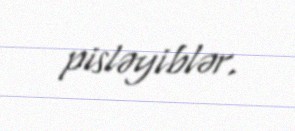
pisləyiblər.